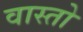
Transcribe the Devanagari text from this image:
वास्तो